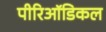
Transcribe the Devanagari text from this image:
पीरिऑडिकल